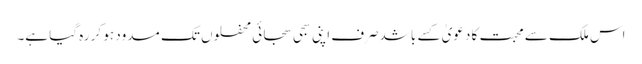
اس ملک سے محبت کا دعویٰ کسے باشدصرف اپنی سجی سجائی محفلوں تک مسدود ہو کر رہ گیا ہے۔